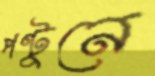
পণ্টুনে